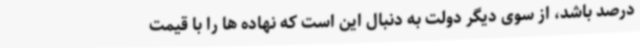
درصد باشد، از سوی دیگر دولت به دنبال این است که نهاده ها را با قیمت